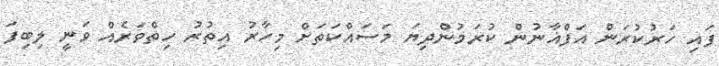
ފައި ހަރުކުރަން އަފްޣާނުން ކުރަމުންދިޔަ މަސައްކަތަށް މިހާރު އިތުރު ހިތްވަރެއް ވަނީ ލިބިފަ